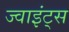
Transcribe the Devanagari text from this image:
ज्वाइंट्स